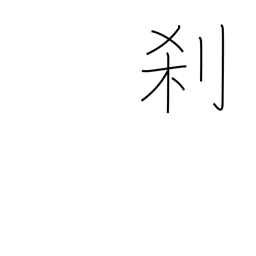
Meaning: temple